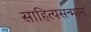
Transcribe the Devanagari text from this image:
साहित्यसन्मान